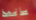
بالمخ